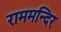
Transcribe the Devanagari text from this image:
राममन्दिर